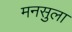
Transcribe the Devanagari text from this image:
मनसुला